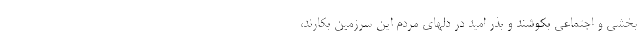
بخشی و اجتماعی بکوشند و بذر امید در دلهای مردم این سرزمین بکارند،